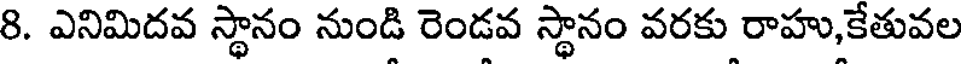
8. ఎనిమిదవ స్థానం నుండి రెండవ స్థానం వరకు రాహు,కేతువల